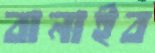
বানাইব